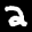
Label: 2